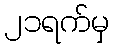
၂၁ရက်မှ